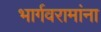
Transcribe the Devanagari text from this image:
भार्गवरामांना